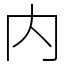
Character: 内